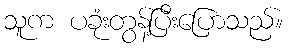
သူက ပခုံးတွန့်ပြီးပြောသည်။